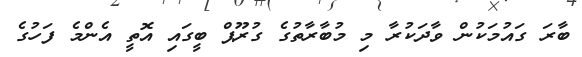
ބާރަ ގައުމަކުން ވާދަކުރާ މި މުބާރާތުގެ ގުރޫޕް ބީގައި އޮތީ އެންމެ ފަހުގެ